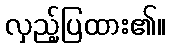
လှည့်ပြထား၏။